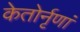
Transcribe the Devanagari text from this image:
केतोर्नृणां